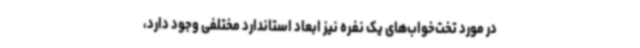
در مورد تخت‌خواب‌های یک نفره نیز ابعاد استاندارد مختلفی وجود دارد،